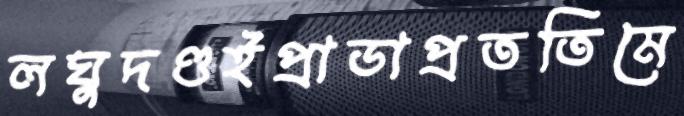
লঘুদণ্ডইপ্রাডাপ্রততিমে